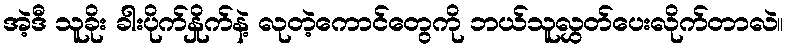
အဲ့ဒီ သူခိုး ခါးပိုက်နှိုက်နဲ့ လုတဲ့ကောင်တွေကို ဘယ်သူလွှတ်ပေးလိုက်တာလဲ။